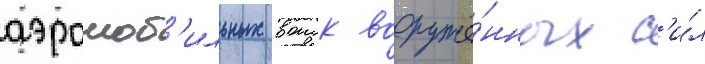
аэромоб'ильных воиск вооружё́нных с'и́л